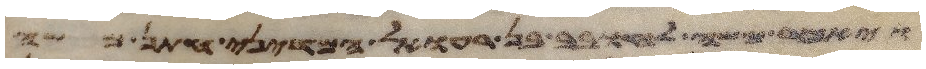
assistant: ויאמר משה לחובב בן רעואל המדיני חתן משה